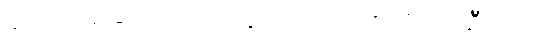
ခင်ဗျား ခြေထောက်တွေကို သုတ်ပစ်လိုက်ပါဦးဗျာ။